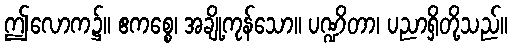
ဤလောက၌။ ဧကစ္စေ၊ အချို့ကုန်သော။ ပဏ္ဍိတာ၊ ပညာရှိတို့သည်။